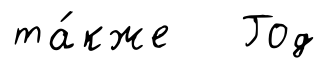
та́кже Год